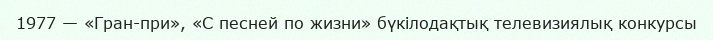
1977 — «Гран-при», «С песней по жизни» бүкілодақтық телевизиялық конкурсы